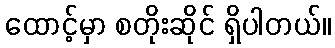
ထောင့်မှာ စတိုးဆိုင် ရှိပါတယ်။